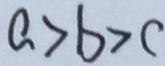
a > b > c